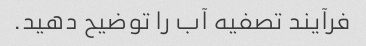
فرآیند تصفیه آب را توضیح دهید.